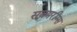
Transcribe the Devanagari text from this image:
सबमरीन्स